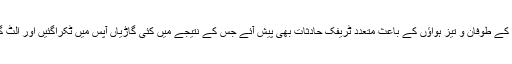
مٹی کے طوفان و تیز ہواؤں کے باعث متعدد ٹریفک حادثات بھی پیش آئے جس کے نتیجے میں کئی گاڑیاں آپس میں ٹکراگئیں اور الٹ گئیں۔